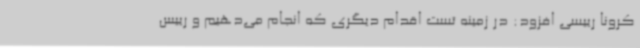
کرونا رییسی افزود: در زمینه تست اقدام دیگری که انجام می‌دهیم و رییس